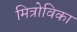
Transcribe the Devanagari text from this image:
मित्रोविका